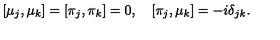
[ \mu _ { j } , \mu _ { k } ] = [ \pi _ { j } , \pi _ { k } ] = 0 , \quad [ \pi _ { j } , \mu _ { k } ] = - i \delta _ { j k } .